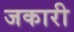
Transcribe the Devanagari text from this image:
जकारी